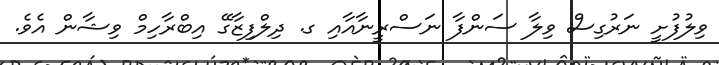
ވިލުފުށީ ނަރުގިސް ވިލާ ސަންފާ ނަސްރީނާއާއި ގ. ދިލްފިޒާގޭ އިބްރާހިމް ވިޝާން އެވެ.